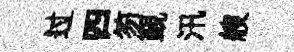
过四笏覲汛艘